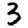
Digit: 3